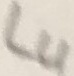
Text: L4